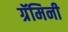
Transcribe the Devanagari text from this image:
ग्रॅमिनी